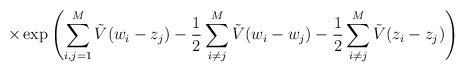
\begin{align*}\times\exp \left( \sum_{i,j=1}^M \tilde{V}(w_i - z_j)- \frac{1}{2}\sum_{i \neq j}^M \tilde{V}(w_i - w_j)- \frac{1}{2}\sum_{i \neq j}^M \tilde{V}(z_i - z_j) \right)\end{align*}